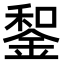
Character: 𨨑